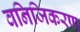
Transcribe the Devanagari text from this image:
वनिजिकरण